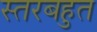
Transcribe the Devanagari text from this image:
स्तरबहुत